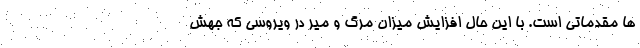
ها مقدماتی است. با این حال افزایش میزان مرگ و میر در ویروسی که جهش